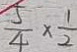
\frac { 5 } { 4 } \times \frac { 1 } { 2 }